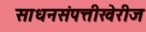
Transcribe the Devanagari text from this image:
साधनसंपत्तीखेरीज